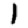
Digit: 1